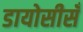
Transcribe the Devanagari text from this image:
डायोसीसँ